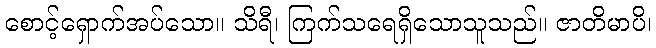
စောင့်ရှောက်အပ်သော။ သိရီ၊ ကြက်သရေရှိသောသူသည်။ ဇာတိမာပိ၊